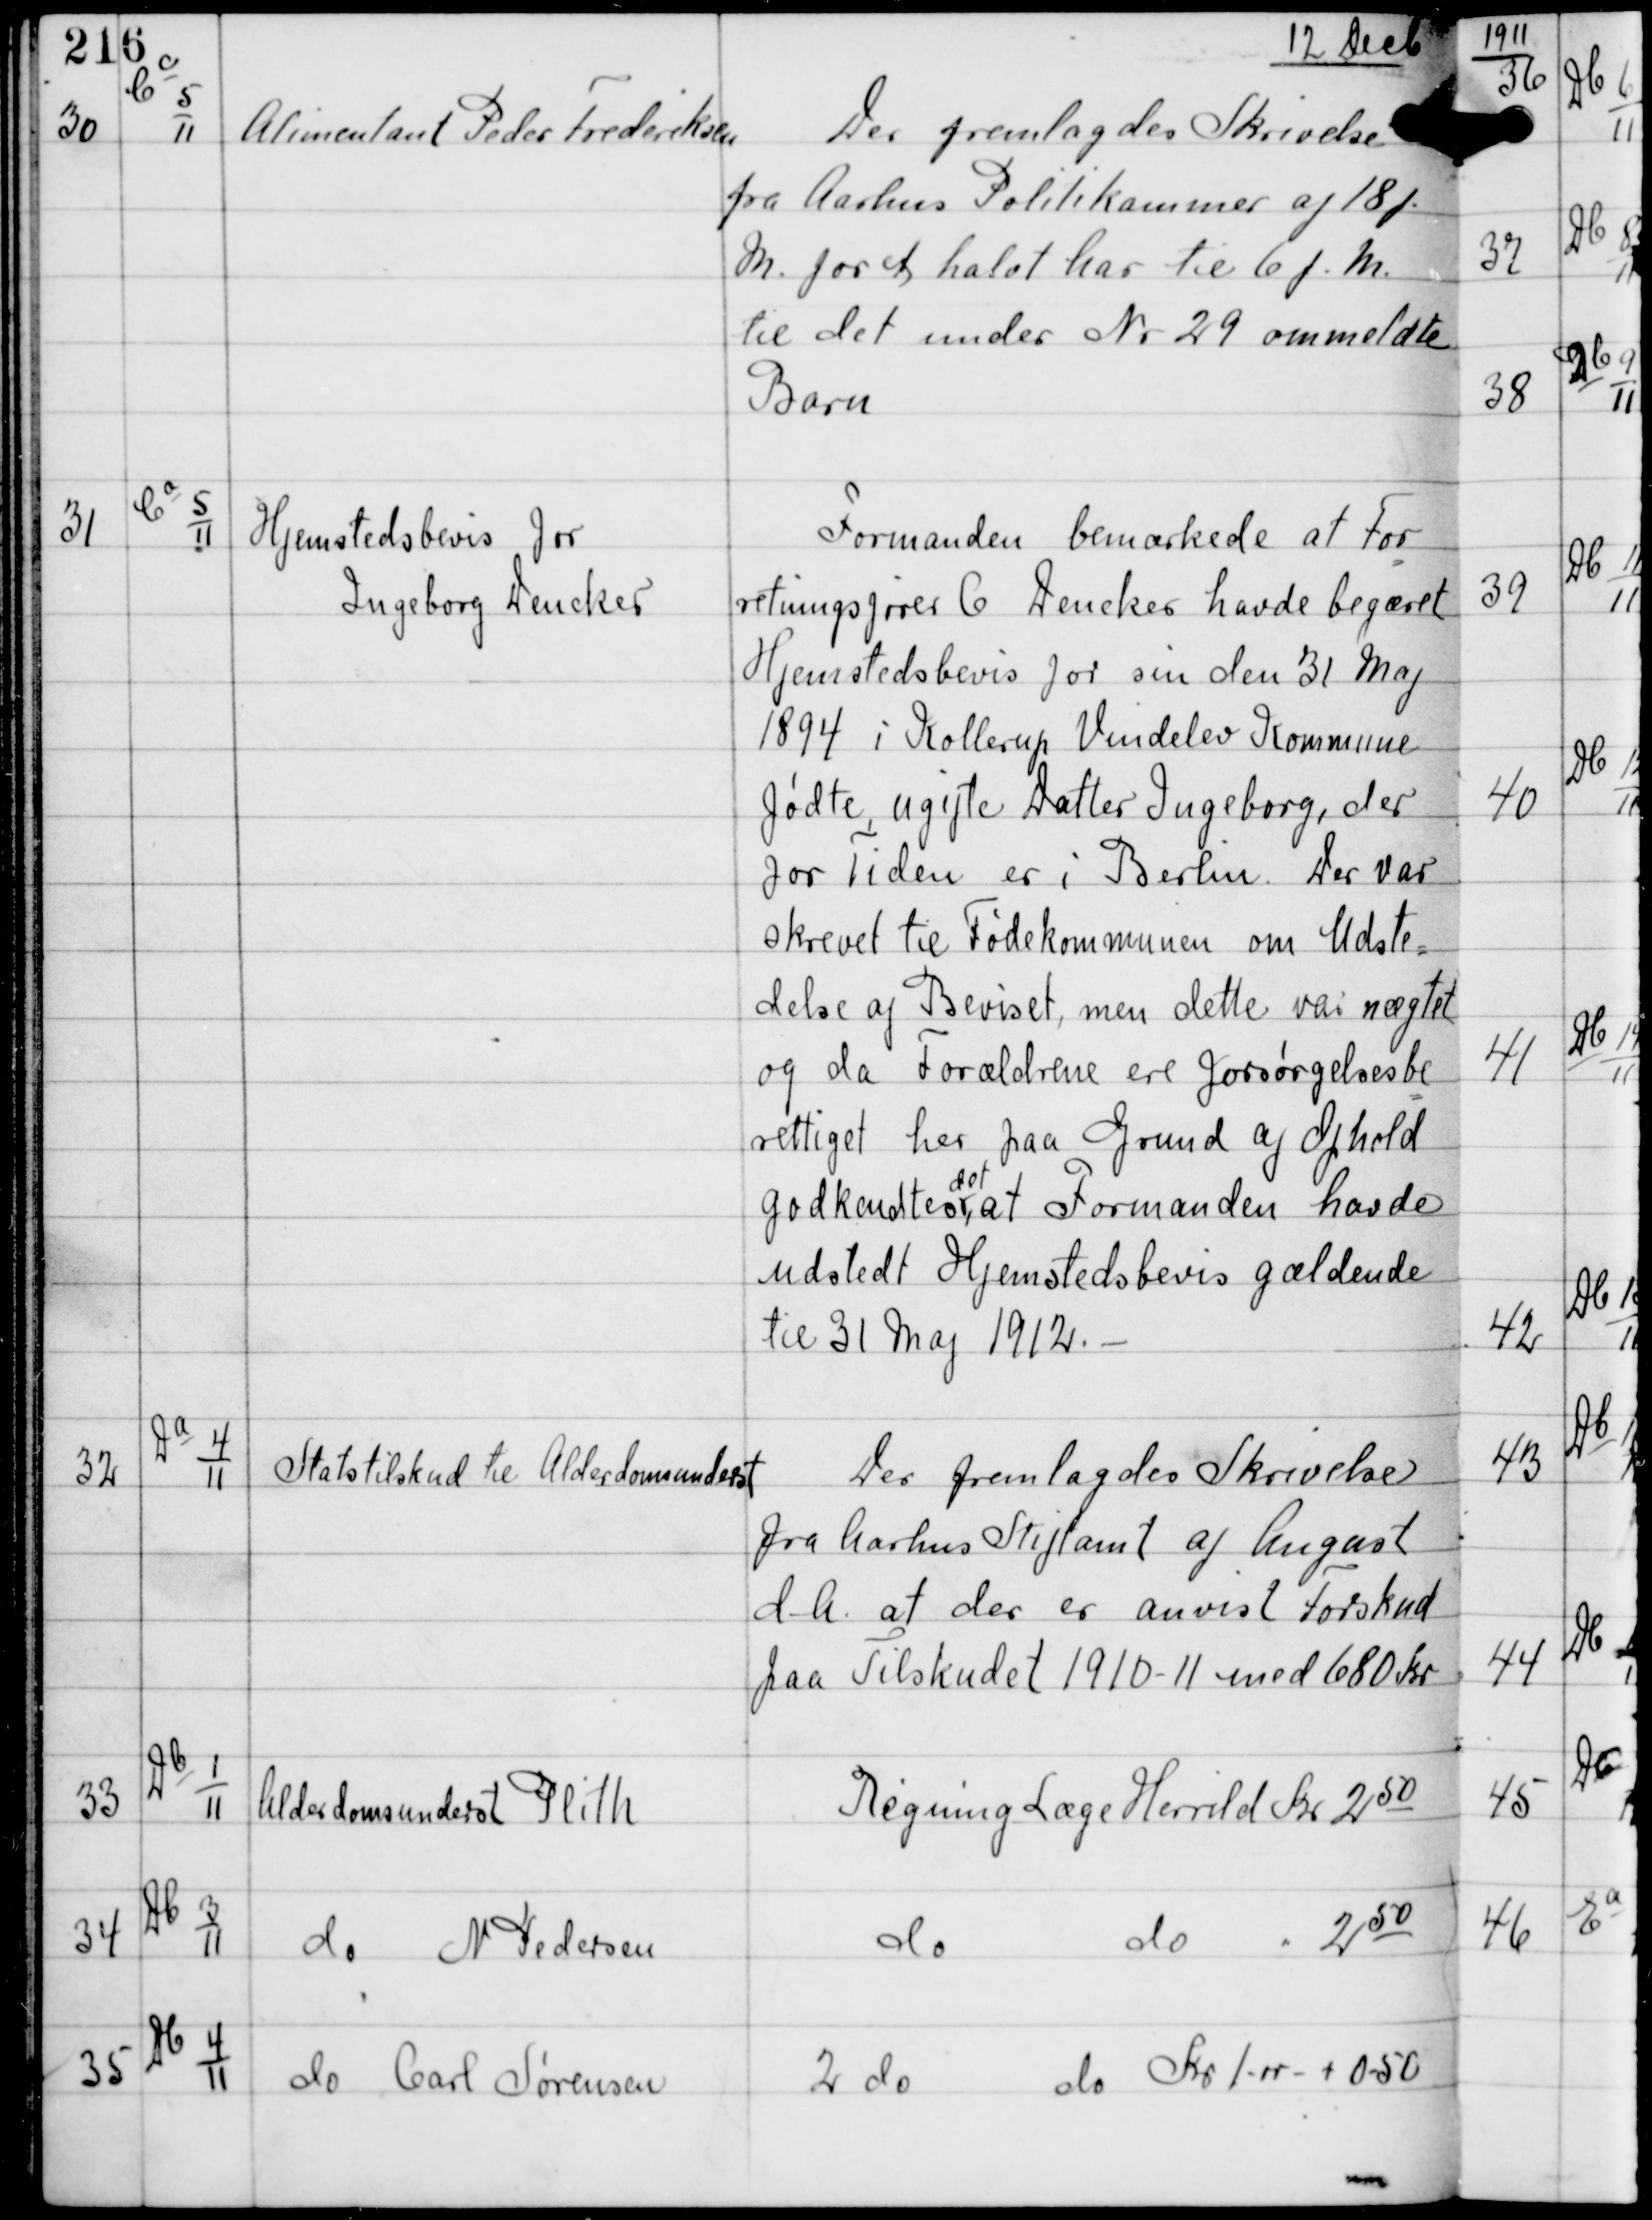
Transskription:
12 Decb

30

Cc
5
11

Alimentant Peder Frederiksen

Der fremlagdes Skrivelse
fra Aarhus Politikammer af 18 f.
M. for et halvt Aar til 6 f.M.
til det under Nr 29 ommeldte
Barn

31

Ca
5
11

Hjemstedsbevis for
Ingeborg Dencker

Formanden bemærkede at For
retningsfører C Dencker havde begæret
Hjemstedsbevis for sin den 31 Maj
1894 i Kollerup Vindelev Kommune
fødte, ugifte Datter Ingeborg, der
for Tiden er i Berlin. Der var
skrevet til Fødekommunen om Udste-
delse af Beviset, men dette var nægtet
og da Forældrene ere Forsørgelsesbe
rettiget her paa Grund af Ophold
godkendtes
det
at Formanden havde
udstedt Hjemsendelsesbevis gældende
til 31 Maj 1912. -

32

Da
4
11

Statstilskud til Alderdomsunderst

Der fremlagdes Skrivelse
fra Aarhus Stiftamt af August
d.A. at der er anvist Forskud
paa Tilskudet 1910-11 med 680 Kr

33

Db
1
11

Alderdomsunderst Plith

Regning Læge Herrild Kr 250

34

Db
3
11

do N Pedersen

do do 250

35

Db
4
11

do Carl Sørensen

2 do do Skr 1-00 + 0-50